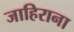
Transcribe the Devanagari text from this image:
जाहिराना